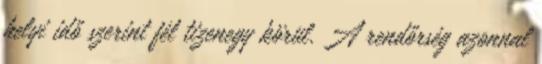
helyi idő szerint fél tizenegy körül. A rendőrség azonnal